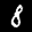
Label: 8